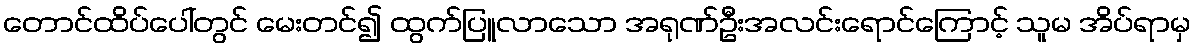
တောင်ထိပ်ပေါ်တွင် မေးတင်၍ ထွက်ပြူလာသော အရုဏ်ဦးအလင်းရောင်ကြောင့် သူမ အိပ်ရာမှ